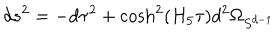
LaTeX: d s ^ { 2 } = - d \tau ^ { 2 } + \cosh ^ { 2 } ( H _ { 5 } \tau ) d ^ { 2 } \Omega _ { S ^ { d - 1 } }